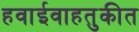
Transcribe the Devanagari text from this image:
हवाईवाहतुकीत